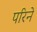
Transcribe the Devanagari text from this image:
परिने